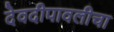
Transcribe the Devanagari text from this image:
देवदीपावलीचा